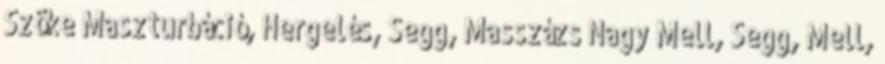
Szõke Maszturbáció, Hergelés, Segg, Masszázs Nagy Mell, Segg, Mell,